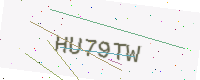
Text: HU79TW